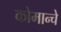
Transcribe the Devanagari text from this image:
कोमान्चे